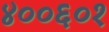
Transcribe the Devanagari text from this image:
४००६०१